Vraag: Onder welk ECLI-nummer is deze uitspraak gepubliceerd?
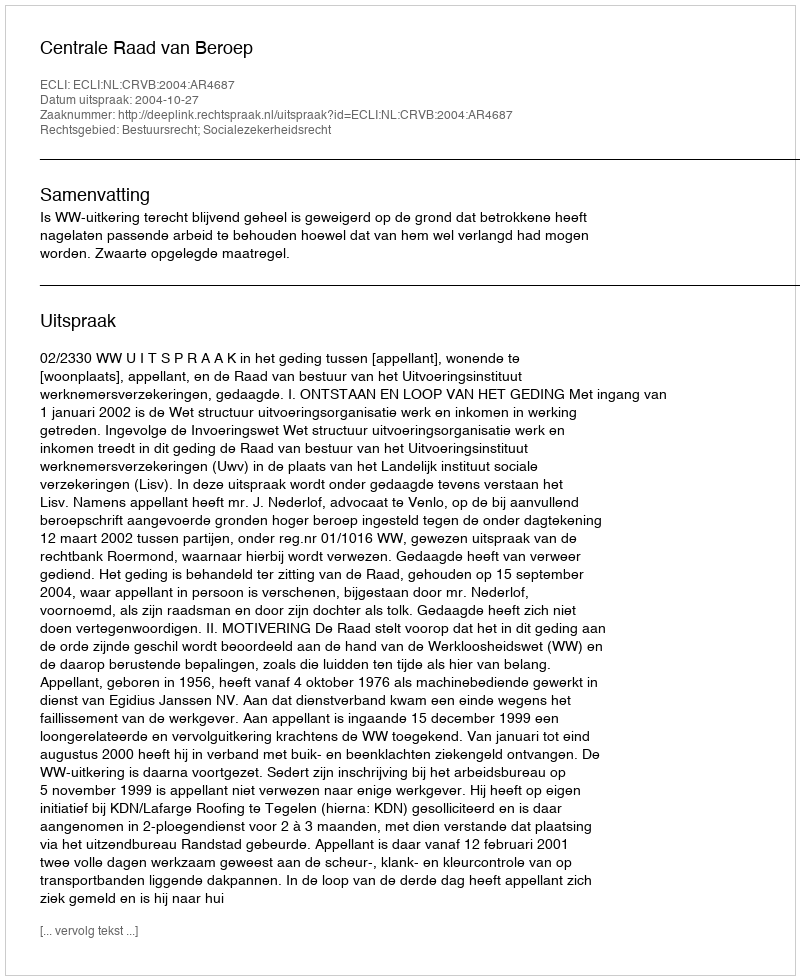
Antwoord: ECLI:NL:CRVB:2004:AR4687